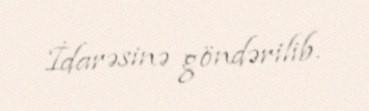
İdarəsinə göndərilib.